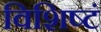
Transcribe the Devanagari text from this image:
विशिष्टं